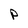
Character: P